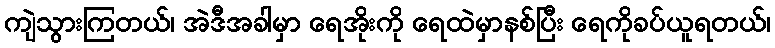
ကျဲသွားကြတယ်၊ အဲဒီအခါမှာ ရေအိုးကို ရေထဲမှာနစ်ပြီး ရေကိုခပ်ယူရတယ်၊